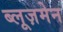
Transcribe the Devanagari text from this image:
ब्लूज़मेन